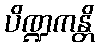
ပိဏ္ဍကန္တိ